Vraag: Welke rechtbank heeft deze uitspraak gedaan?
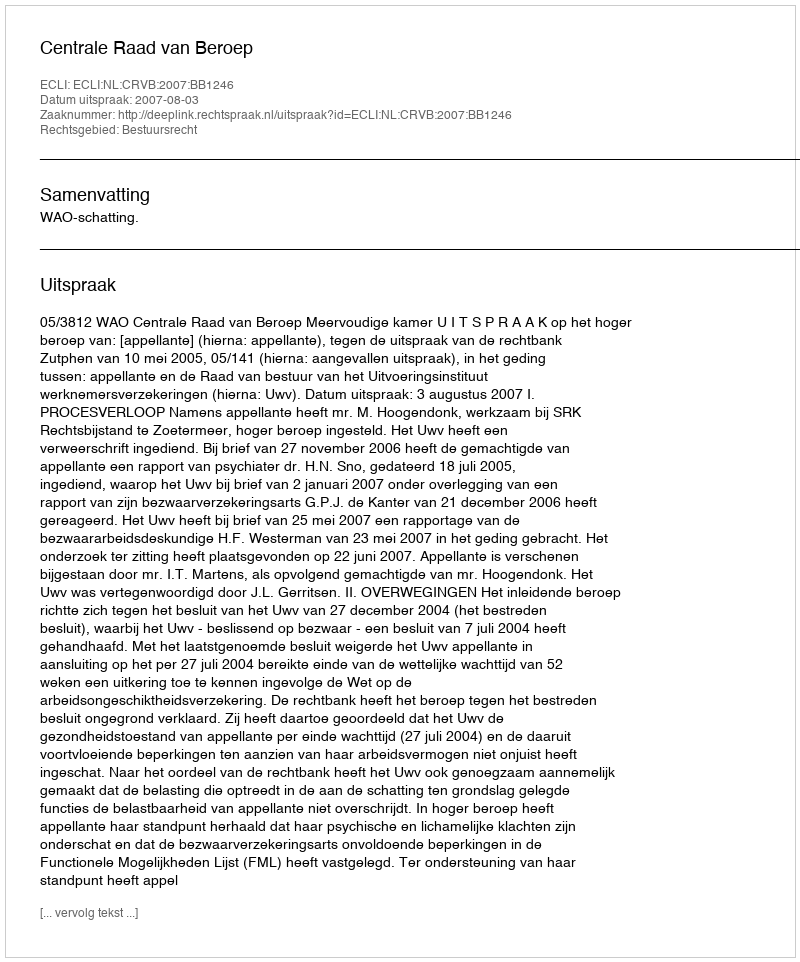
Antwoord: Centrale Raad van Beroep